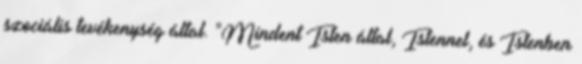
szociális tevékenység által. "Mindent Isten által, Istennel, és Istenben